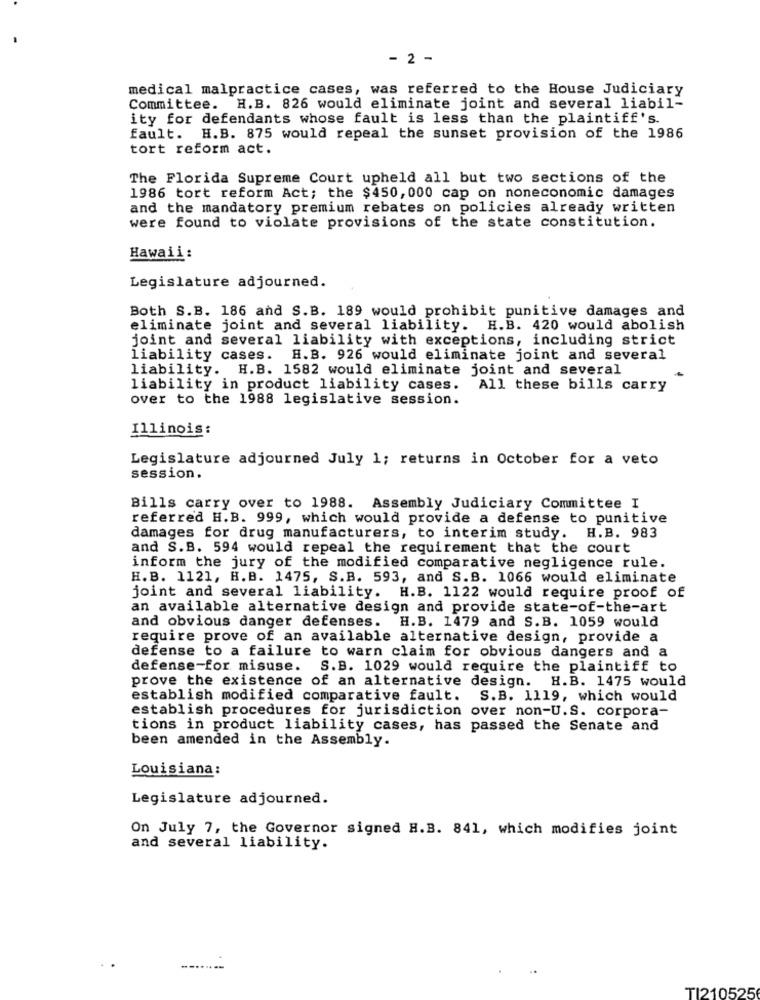
- 2 -
medical malpractice cases, was referred to the House Judiciary
Committee. H.B. 826 would eliminate joint and several liabil-
ity for defendants whose fault is less than the plaintiff's.
fault. H.B. 875 would repeal the sunset provision of the 1986
tort reform act.
The Florida Supreme Court upheld all but two sections of the
1986 tort reform Act; the $450, 000 cap on noneconomic damages
and the mandatory premium rebates on policies already written
were found to violate provisions of the state constitution.
Hawaii:
Legislature adjourned.
Both S.B. 186 and S.B. 189 would prohibit punitive damages and
eliminate joint and several liability. H.B. 420 would abolish
joint and several liability with exceptions, including strict
liability cases.
H.B. 926 would eliminate joint and several
liability. H.B. 1582 would eliminate joint and several
liability in product liability cases. All these bills carry
over to the 1988 legislative session.
Illinois:
Legislature adjourned July 1; returns in October for a veto
session.
Bills carry over to 1988. Assembly Judiciary Committee I
referred H.B. 999, which would provide a defense to punitive
damages for drug manufacturers, to interim study. H.B. 983
and S.B. 594 would repeal the requirement that the court
inform the jury of the modified comparative negligence rule.
H. B. 1121, H.B. 1475, S.B. 593, and S.B. 1066 would eliminate
joint and several liability. H.B. 1122 would require proof of
an available alternative design and provide state-of-the-art
and obvious danger defenses. H.B. 1479 and S.B. 1059 would
require prove of an available alternative design, provide a
defense to a failure to warn claim for obvious dangers and a
defense-for misuse. S.B. 1029 would require the plaintiff to
prove the existence of an alternative design. H.B. 1475 would
establish modified comparative fault.
S.B. 1119, which would
establish procedures for jurisdiction over non-U.S. corpora-
tions in product liability cases, has passed the Senate and
been amended in the Assembly.
Louisiana:
Legislature adjourned.
On July 7, the Governor signed H.B. 841, which modifies joint
and several liability.
TI210525